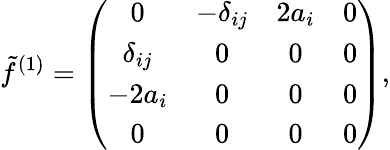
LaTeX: \tilde{f}^{(1)}=\left(\begin{array}{cccc}{{0}}&{{-\delta_{ij}}}&{{2a_{i}}}&{{0}}\\ {{\delta_{ij}}}&{{0}}&{{0}}&{{0}}\\ {{-2a_{i}}}&{{0}}&{{0}}&{{0}}\\ {{0}}&{{0}}&{{0}}&{{0}}\end{array}\right),